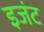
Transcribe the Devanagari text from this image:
इजंट